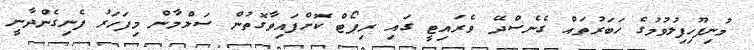
މުނިފޫހިފިލުވުމުގެ ހަބަރުތައް ގެނެސްދޭ ވެރައިޓީ ގައި ރިޕޯޓް ކޮށްފައިވާގޮތުން ސަލްމާން މިފަހަރު ފެނިގެންދާނީ